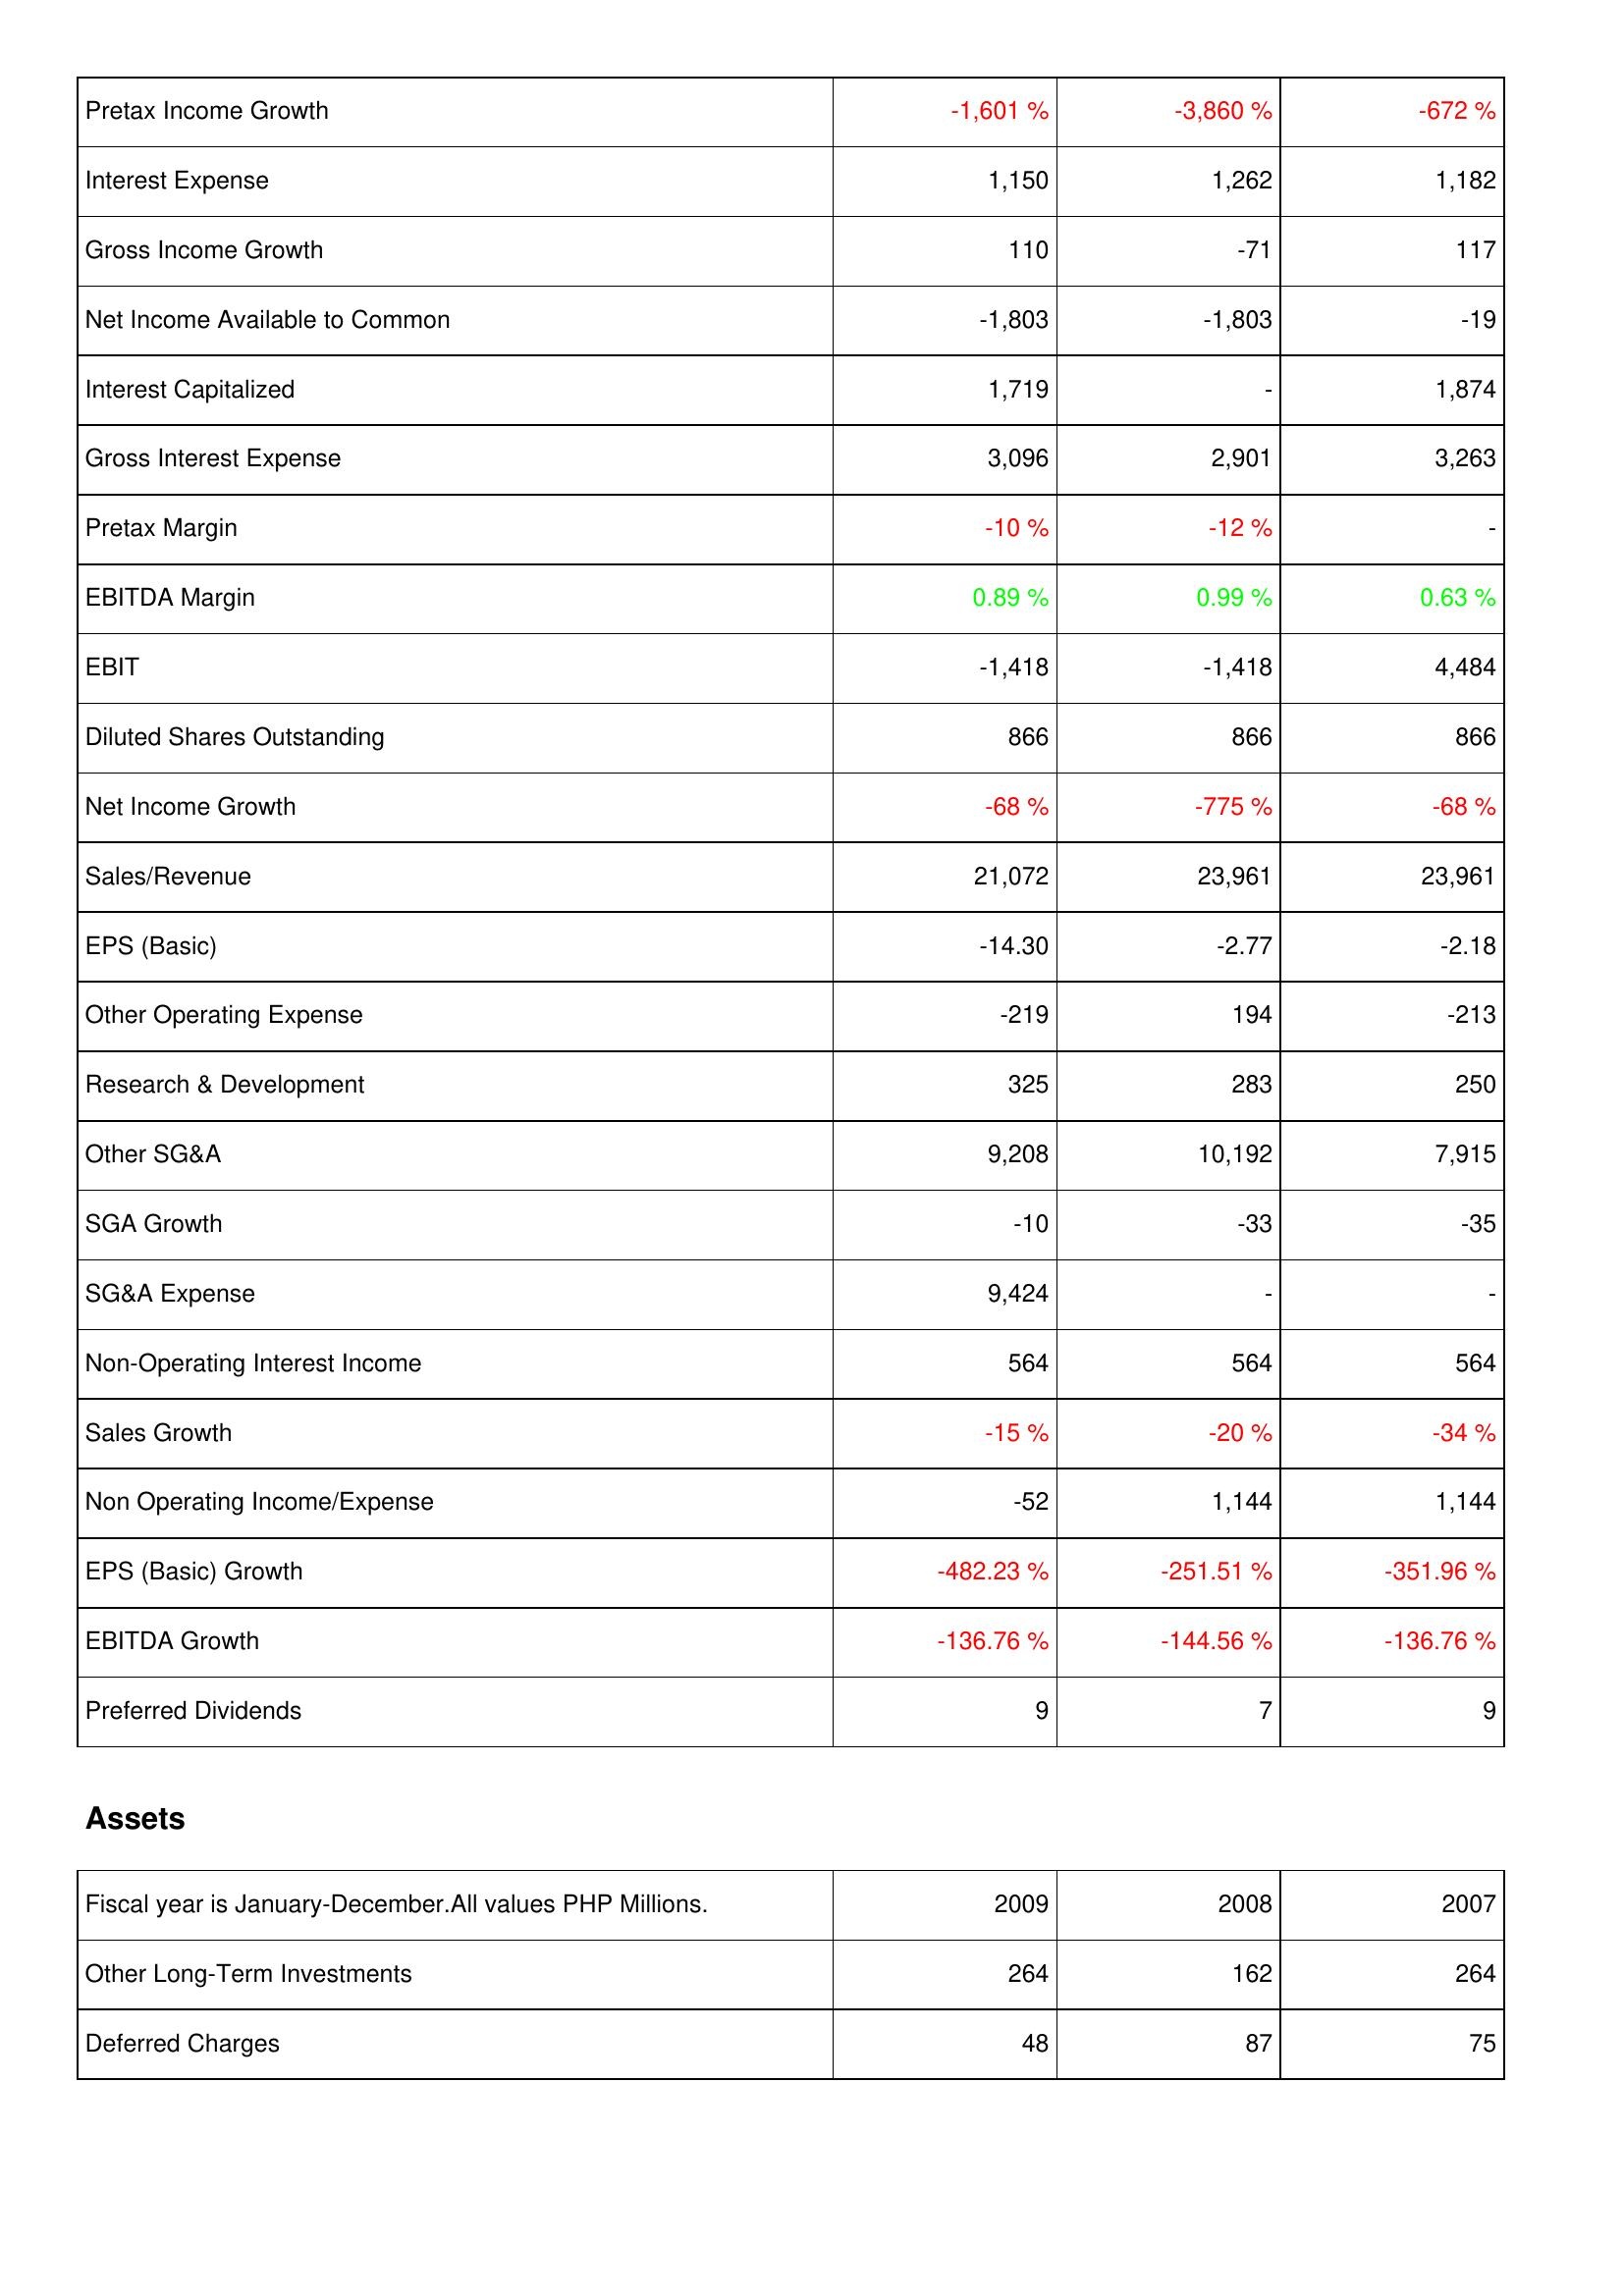
2009: Income Statement: Pretax Income Growth: -1,601 %
Interest Expense: 1,150
Gross Income Growth: 110
Net Income Available to Common: -1,803
Interest Capitalized: 1,719
Gross Interest Expense: 3,096
Pretax Margin: -10 %
EBITDA Margin: 0.89 %
EBIT: -1,418
Diluted Shares Outstanding: 866
Net Income Growth: -68 %
Sales/Revenue: 21,072
EPS (Basic): -14.30
Other Operating Expense: -219
Research & Development: 325
Other SG&A: 9,208
SGA Growth: -10
SG&A Expense: 9,424
Non-Operating Interest Income: 564
Sales Growth: -15 %
Non Operating Income/Expense: -52
EPS (Basic) Growth: -482.23 %
EBITDA Growth: -136.76 %
Preferred Dividends: 9
Assets: Other Long-Term Investments: 264
Deferred Charges: 48
2008: Income Statement: Pretax Income Growth: -3,860 %
Interest Expense: 1,262
Gross Income Growth: -71
Net Income Available to Common: -1,803
Interest Capitalized: -
Gross Interest Expense: 2,901
Pretax Margin: -12 %
EBITDA Margin: 0.99 %
EBIT: -1,418
Diluted Shares Outstanding: 866
Net Income Growth: -775 %
Sales/Revenue: 23,961
EPS (Basic): -2.77
Other Operating Expense: 194
Research & Development: 283
Other SG&A: 10,192
SGA Growth: -33
SG&A Expense: -
Non-Operating Interest Income: 564
Sales Growth: -20 %
Non Operating Income/Expense: 1,144
EPS (Basic) Growth: -251.51 %
EBITDA Growth: -144.56 %
Preferred Dividends: 7
Assets: Other Long-Term Investments: 162
Deferred Charges: 87
2007: Income Statement: Pretax Income Growth: -672 %
Interest Expense: 1,182
Gross Income Growth: 117
Net Income Available to Common: -19
Interest Capitalized: 1,874
Gross Interest Expense: 3,263
Pretax Margin: -
EBITDA Margin: 0.63 %
EBIT: 4,484
Diluted Shares Outstanding: 866
Net Income Growth: -68 %
Sales/Revenue: 23,961
EPS (Basic): -2.18
Other Operating Expense: -213
Research & Development: 250
Other SG&A: 7,915
SGA Growth: -35
SG&A Expense: -
Non-Operating Interest Income: 564
Sales Growth: -34 %
Non Operating Income/Expense: 1,144
EPS (Basic) Growth: -351.96 %
EBITDA Growth: -136.76 %
Preferred Dividends: 9
Assets: Other Long-Term Investments: 264
Deferred Charges: 75